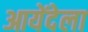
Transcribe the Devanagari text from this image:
आयेंदेला